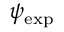
\psi _ { \mathrm { e x p } }